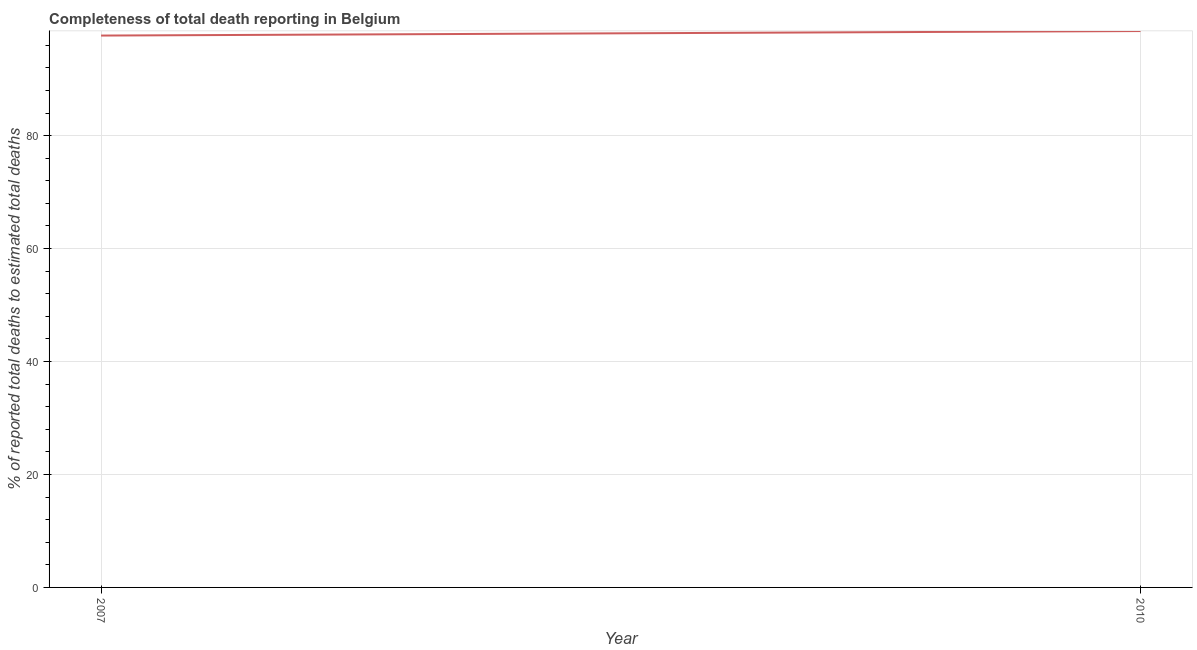
| Year | Completeness of total death reporting  |
 | --- | --- |
 | 2007 | 97.7 |
 | 2010 | 98.5 |